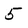
Character: 5